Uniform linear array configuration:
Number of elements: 8
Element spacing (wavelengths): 0.75
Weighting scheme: blackman
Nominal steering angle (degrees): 60
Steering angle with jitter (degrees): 60.166
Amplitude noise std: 0.05
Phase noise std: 0.05

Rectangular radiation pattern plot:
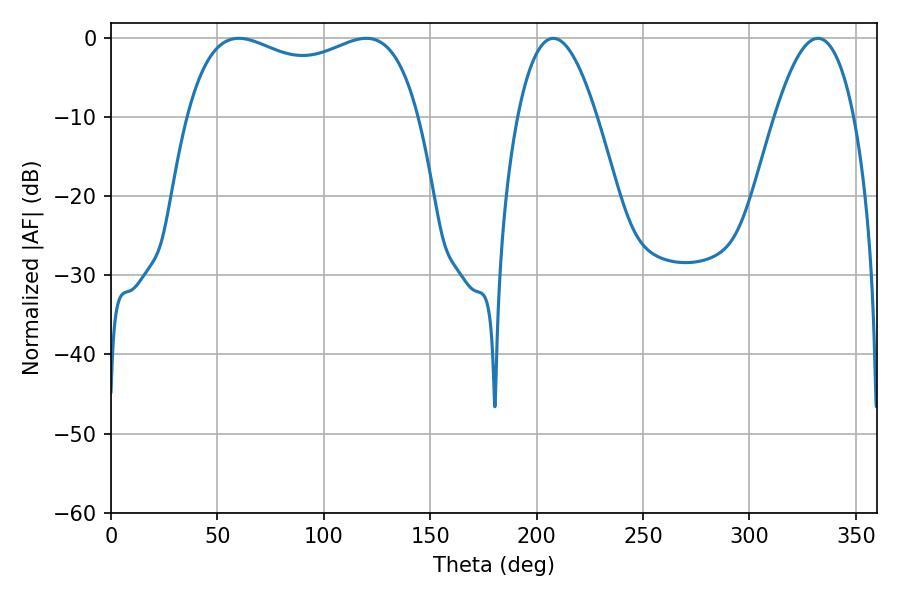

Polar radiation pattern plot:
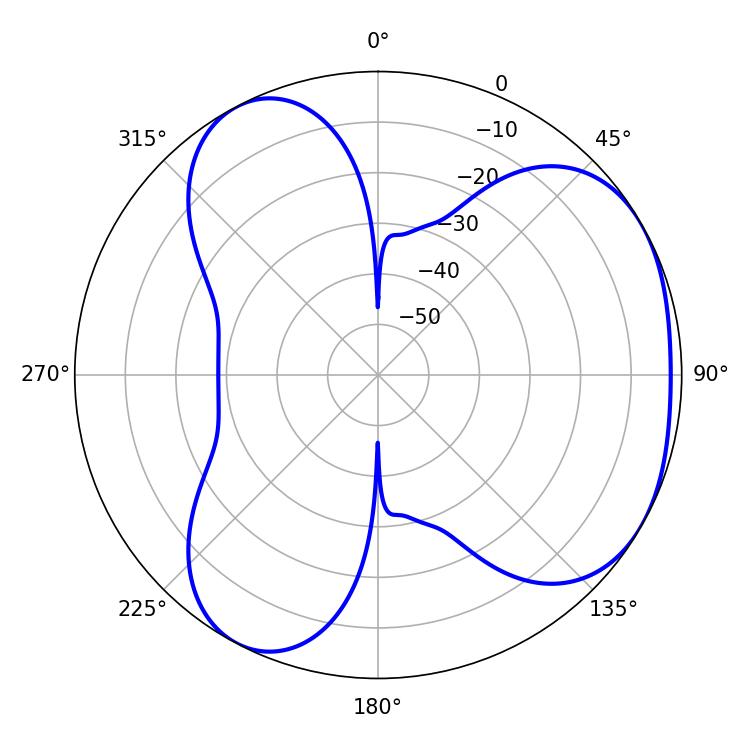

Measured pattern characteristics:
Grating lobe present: TRUE
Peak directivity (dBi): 3.902
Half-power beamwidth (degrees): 89.64
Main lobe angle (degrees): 60.12